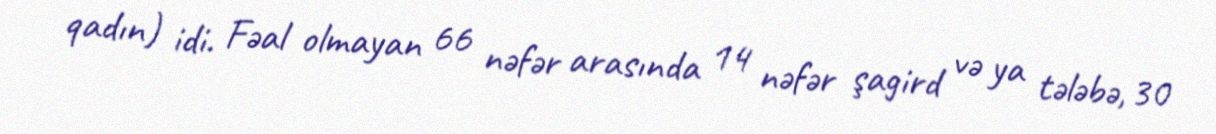
qadın) idi. Fəal olmayan 66 nəfər arasında 14 nəfər şagird və ya tələbə, 30